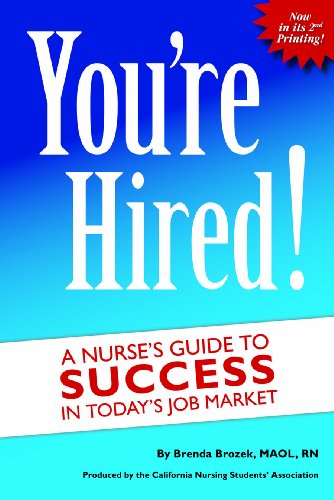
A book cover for You're Hired! A Nurse's Guide to Success in Today's Job Market; Brenda Brozek; Business & Money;